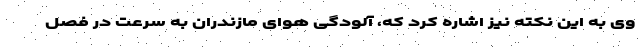
وی به این نکته نیز اشاره کرد که، آلودگی هوای مازندران به سرعت در فصل